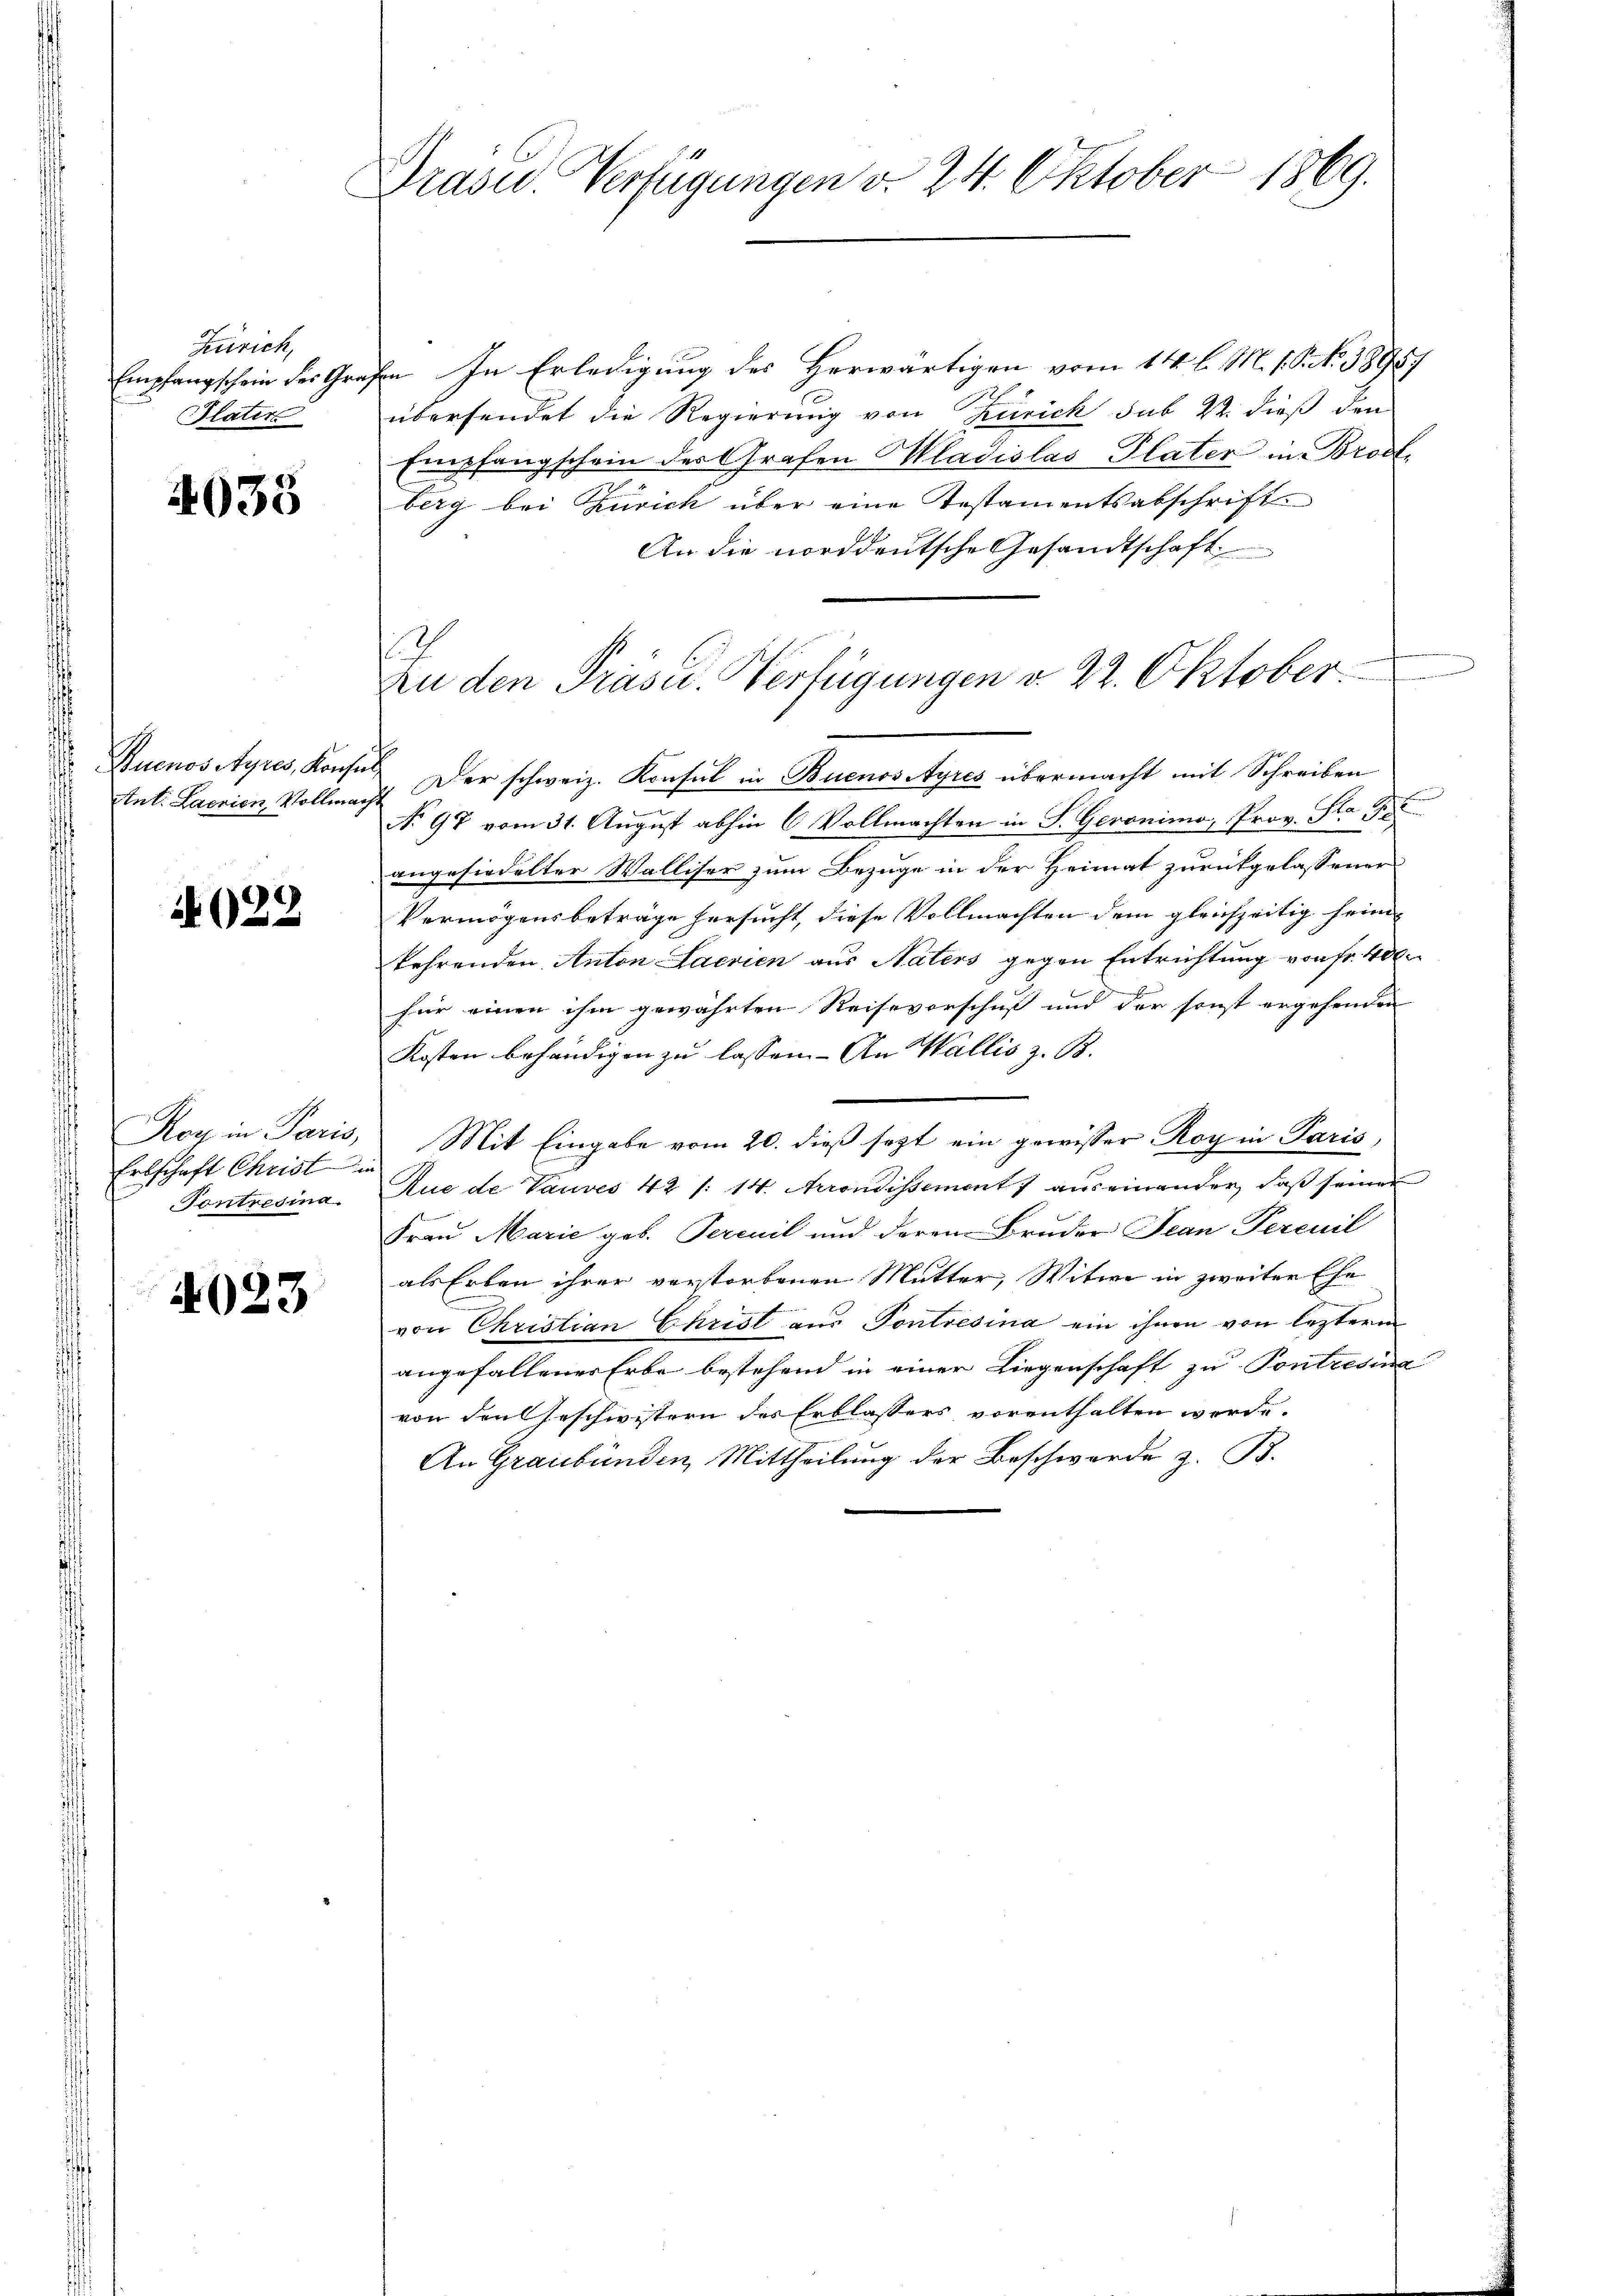
Zürich,
Empfangschein des Gra¬
Plater

4035

Zuenos Ayres, Konse
Ant: Laerien Vollmach

022

Roy in Paris,
Erbschaft Christ
Tontresina.

4023

Präsid.. Verfügungen v. 24. Oktober 1869.

En In Erledigung des Herwärtigen vom 14. l. M. 1. P. Nr. 58957
übersendet die Regierung von Zürich sub 22. dieß den
Empfangschein des Grafen Mladislas- Plater in Brodberg bei Zürich über eine Testamentsabschrift
An die norddeutsche Gesandtschaft
s
zu den Präsid. Verfügungen v. 22. Oktober.
u
. Der schweiz. Konsul in Buenossyres übermacht mit Schreiben
No 97 vom 31. August abhin 6 Vollmachten in S. Geronimo, Prov. Sta
angesiedelter Walliser zum Bezuge in der Heimat zurückgelassener
Vermögensbeträge hersucht, diese Vollmachten dem gleichzeitig sein |
kehrenden Anton Laerien aus Naters gegen Entrichtung von Fr. 400
für einen ihm gewährten Reisevorschuß und der sonst ergehenden
Kosten behändigen zu lassen. An Wallis z. B.
Mit Eingabe vom 20. dieß sezt ein gewisser Roy in Paris,
Aue de Vauves 42 /: 14. Krondissement auseinander, daß seiner
Frau Marie geb. Percil und deren Bruder Jean Percuil
als Erben ihrer verstorbenen Mutter, Witwe in zweiter Ehe
von Christian Christ aus Pontresina ein ihnen von lezterm
angefallener Erbe bestehend in einer Liegenschaft zu Pontresina
von den Geschwistern des Erblassers vorenthalten werde.
An Graubünden, Mittheilung der Beschwerde z. B.